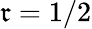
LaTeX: \mathfrak{r}=1/2